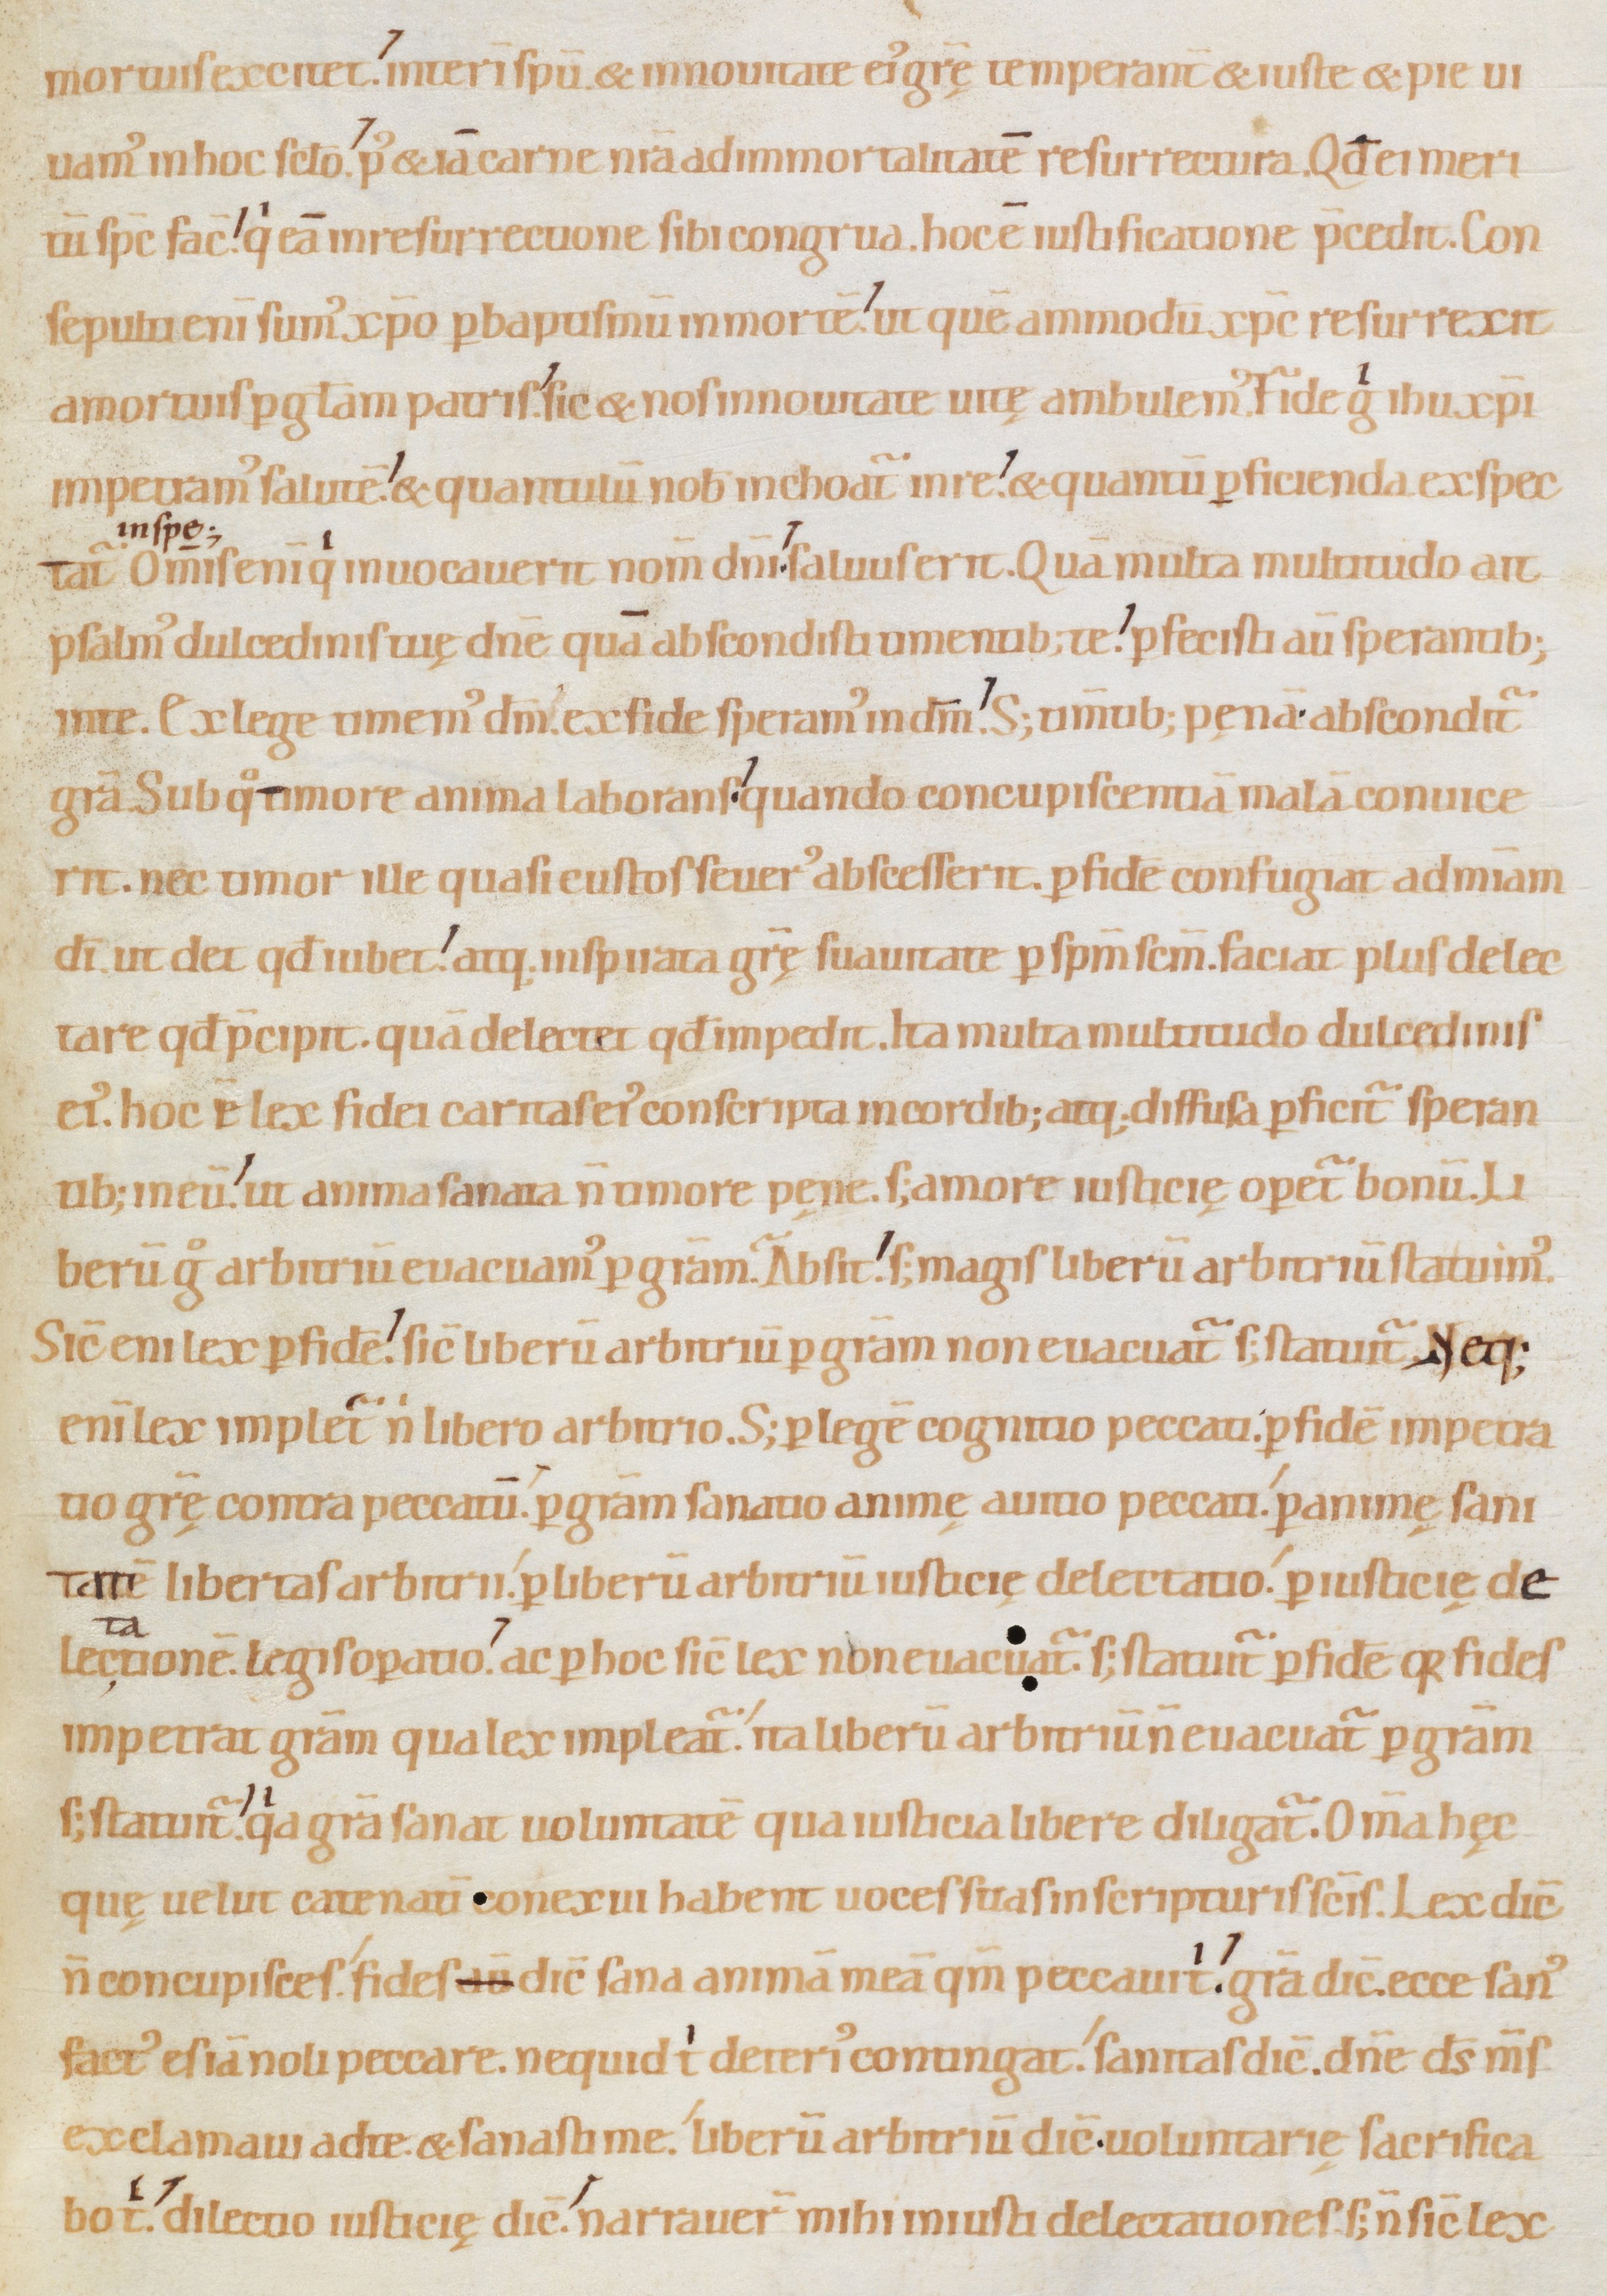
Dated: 1080–1096